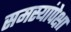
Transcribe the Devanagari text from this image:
समस्यांपेक्षा